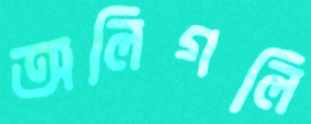
অলিগলি